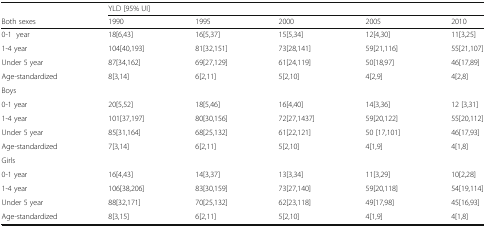
<table><thead><tr><td></td><td colspan="5"><b>YLD [95% UI]</b></td></tr><tr><td><b>Both sexes</b></td><td><b>1990</b></td><td><b>1995</b></td><td><b>2000</b></td><td><b>2005</b></td><td><b>2010</b></td></tr></thead><tbody><tr><td>0-1 year</td><td>18[6,43]</td><td>16[5,37]</td><td>15[5,34]</td><td>12[4,30]</td><td>11[3,25]</td></tr><tr><td>1-4 year</td><td>104[40,193]</td><td>81[32,151]</td><td>73[28,141]</td><td>59[21,116]</td><td>55[21,107]</td></tr><tr><td>Under 5 year</td><td>87[34,162]</td><td>69[27,129]</td><td>61[24,119]</td><td>50[18,97]</td><td>46[17,89]</td></tr><tr><td>Age-standardized</td><td>8[3,14]</td><td>6[2,11]</td><td>5[2,10]</td><td>4[2,9]</td><td>4[2,8]</td></tr><tr><td colspan="6">Boys</td></tr><tr><td>0-1 year</td><td>20[5,52]</td><td>18[5,46]</td><td>16[4,40]</td><td>14[3,36]</td><td>12 [3,31]</td></tr><tr><td>1-4 year</td><td>101[37,197]</td><td>80[30,156]</td><td>72[27,1437]</td><td>59[20,122]</td><td>55[20,112]</td></tr><tr><td>Under 5 year</td><td>85[31,164]</td><td>68[25,132]</td><td>61[22,121]</td><td>50 [17,101]</td><td>46[17,93]</td></tr><tr><td>Age-standardized</td><td>7[3,14]</td><td>6[2,11]</td><td>5[2,10]</td><td>4[1,9]</td><td>4[1,8]</td></tr><tr><td colspan="6">Girls</td></tr><tr><td>0-1 year</td><td>16[4,43]</td><td>14[3,37]</td><td>13[3,34]</td><td>11[3,29]</td><td>10[2,28]</td></tr><tr><td>1-4 year</td><td>106[38,206]</td><td>83[30,159]</td><td>73[27,140]</td><td>59[20,118]</td><td>54[19,114]</td></tr><tr><td>Under 5 year</td><td>88[32,171]</td><td>70[25,132]</td><td>62[23,118]</td><td>49[17,98]</td><td>45[16,93]</td></tr><tr><td>Age-standardized</td><td>8[3,15]</td><td>6[2,11]</td><td>5[2,10]</td><td>4[1,9]</td><td>4[1,8]</td></tr></tbody></table>